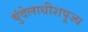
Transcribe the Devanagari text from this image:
बुंदेलाधीशपूज्य